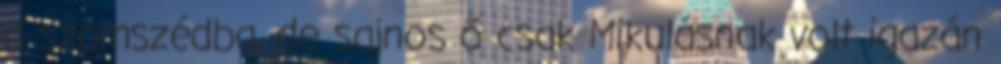
a szomszédba, de sajnos ő csak Mikulásnak volt igazán